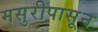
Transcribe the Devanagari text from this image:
मसुरीपासून